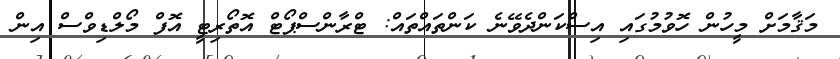
މަޤާމަށް މީހުން ހޮވުމުގައި އިސްކަންދެވޭނެ ކަންތައްތައް: ޓްރާންސްޕޯޓް އޮތޯރިޓީ އޮފް މޯލްޑިވްސް އިން